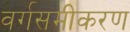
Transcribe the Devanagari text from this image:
वर्गसमीकरण